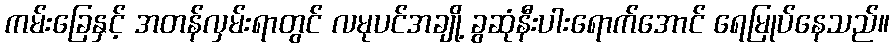
ကမ်းခြေနှင့် အတန်လှမ်းရာတွင် လမုပင်အချို့ ခွဆုံနီးပါးရောက်အောင် ရေမြုပ်နေသည်။